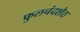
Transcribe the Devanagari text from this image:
फुलचंदशेठ